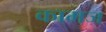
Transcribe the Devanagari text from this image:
कामज